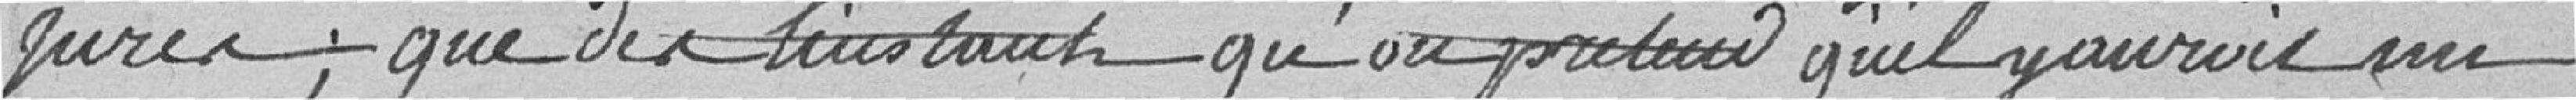
jurer, que dès l'instant qu'on p??? qu'il y aurait un